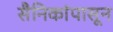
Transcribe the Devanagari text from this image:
सैनिकांपासून